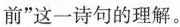
前”这一诗句的理解。